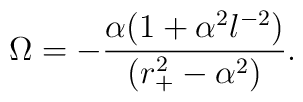
\Omega = - {\alpha (1+ \alpha^2 l^{-2}) \over (r_+^2 - \alpha^2)}.